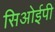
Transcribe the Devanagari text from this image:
सिओईपी